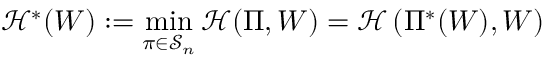
{ \mathcal H } ^ { * } ( W ) : = \operatorname* { m i n } _ { \pi \in { \mathcal S } _ { n } } { \mathcal H } ( \Pi , W ) = { \mathcal H } \left( \Pi ^ { * } ( W ) , W \right)